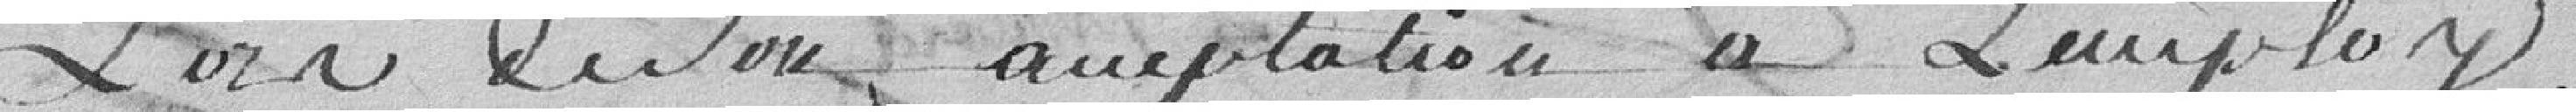
Lors de son amputation à l'employ